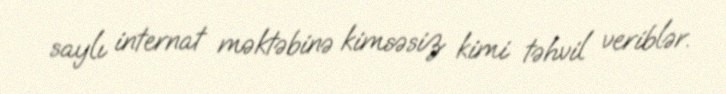
saylı internat məktəbinə kimsəsiz kimi təhvil veriblər.